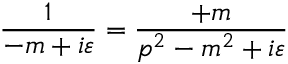
\frac { 1 } { \not { p } - m + i \varepsilon } = \frac { \not { p } + m } { p ^ { 2 } - m ^ { 2 } + i \varepsilon }